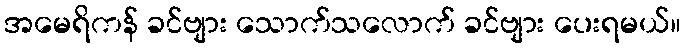
အမေရိကန် ခင်ဗျား သောက်သလောက် ခင်ဗျား ပေးရမယ်။